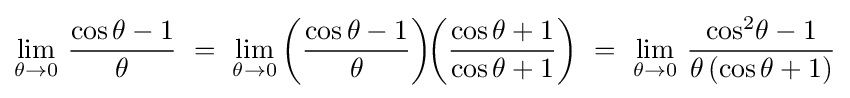
\lim _{\theta \to 0}\,{\frac {\cos \theta -1}{\theta }}\ =\ \lim _{\theta \to 0}\left({\frac {\cos \theta -1}{\theta }}\right)\!\!\left({\frac {\cos \theta +1}{\cos \theta +1}}\right)\ =\ \lim _{\theta \to 0}\,{\frac {\cos ^{2}\!\theta -1}{\theta \,(\cos \theta +1)}}